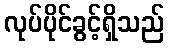
လုပ်ပိုင်ခွင့်ရှိသည်